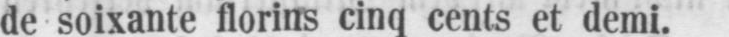
de soixante florins cinq cents et demi.